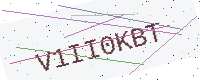
Text: V1II0KBT